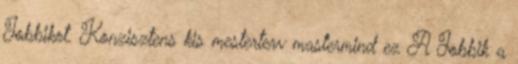
Jobbikot. Kon­zisz­tens kis mesterterv mastermind ez A Jobbik a